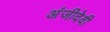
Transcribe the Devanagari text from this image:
अंजीदेवी